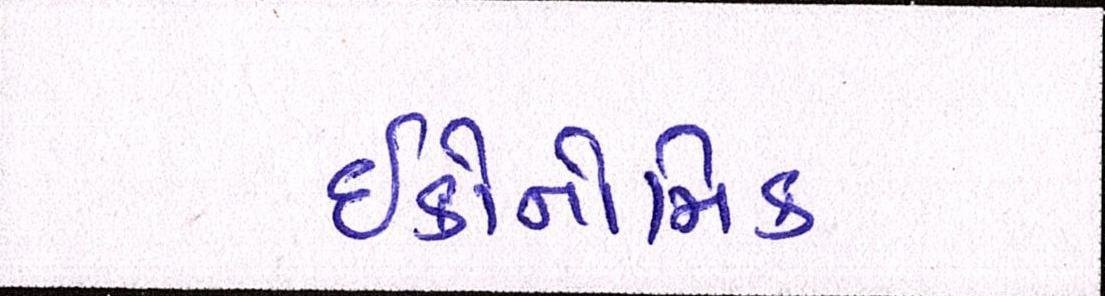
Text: ઈકોનોમિક